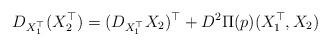
LaTeX: \begin{align*}D_{X_1^\top}(X_2^\top)= (D_{X_1^\top}X_2)^\top + D^2\Pi(p)(X_1^\top,X_2)\end{align*}